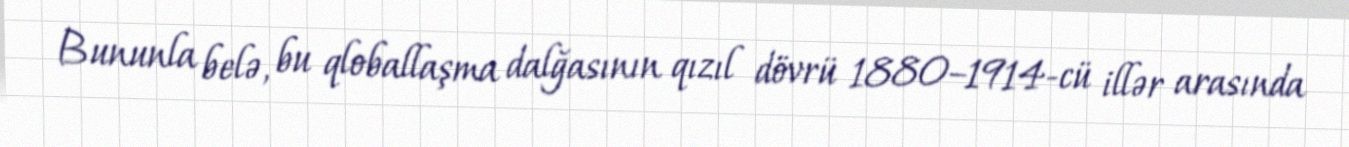
Bununla belə, bu qloballaşma dalğasının qızıl dövrü 1880–1914-cü illər arasında